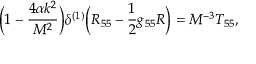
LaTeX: \bigg ( 1 - \frac { 4 \alpha k ^ { 2 } } { M ^ { 2 } } \bigg ) \delta ^ { ( 1 ) } \bigg ( R _ { 5 5 } - \frac { 1 } { 2 } g _ { 5 5 } R \bigg ) = M ^ { - 3 } T _ { 5 5 } ,